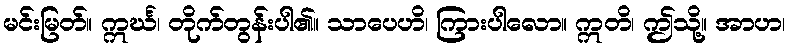
မင်းမြတ်။ ဣင်္ဃ၊ တိုက်တွန်းပါ၏။ သာပေဟိ၊ ကြားပါလော။ ဣတိ၊ ဤသို့။ အာဟ၊